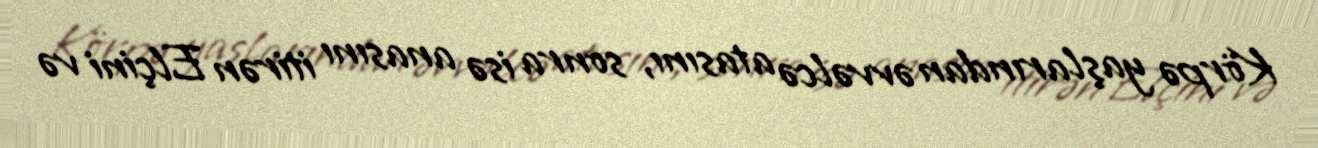
Körpə yaşlarından əvvəlcə atasını, sonra isə anasını itirən Elçini və